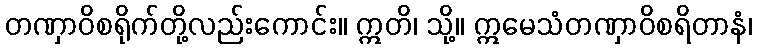
တဏှာဝိစရိုက်တို့လည်းကောင်း။ ဣတိ၊ သို့။ ဣမေသံတဏှာဝိစရိတာနံ၊